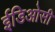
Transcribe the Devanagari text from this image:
ईडिओसी